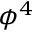
\phi ^ { 4 }